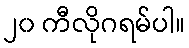
၂၀ ကီလိုဂရမ်ပါ။